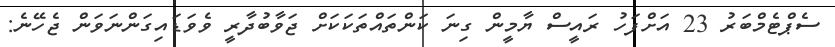
ސެޕްޓެމްބަރު 23 އަށްފަހު ރައީސް ޔާމީން ގިނަ ކަންތައްތަކަކަށް ޖަވާބުދާރީ ވެވަޑައިގަންނަވަން ޖެހޭނެ: